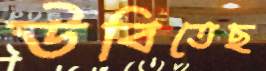
উবিতেছ